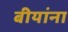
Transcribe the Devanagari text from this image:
बीयांना